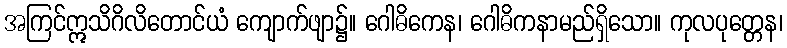
အကြင်ဣသိဂိလိတောင်ယံ ကျောက်ဖျာ၌။ ဂေါဓိကေန၊ ဂေါဓိကနာမည်ရှိသော။ ကုလပုတ္တေန၊